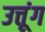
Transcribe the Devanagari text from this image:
उत्तूंग